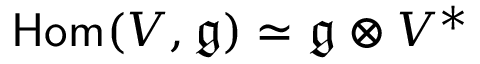
{ \mathsf { H o m } } ( V , \mathfrak { g } ) \simeq \mathfrak { g } \otimes V ^ { * }